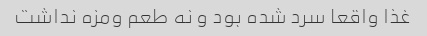
غذا واقعا سرد شده بود و نه طعم ومزه نداشت